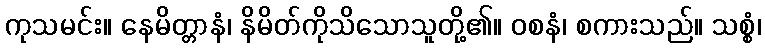
ကုသမင်း။ နေမိတ္တာနံ၊ နိမိတ်ကိုသိသောသူတို့၏။ ဝစနံ၊ စကားသည်။ သစ္စံ၊